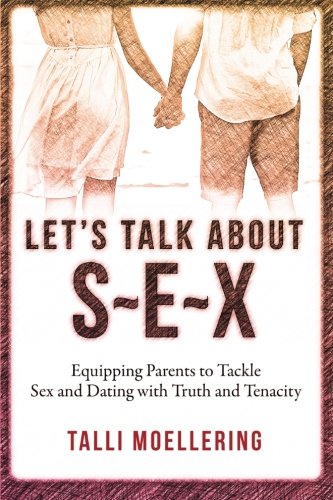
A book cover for Let's Talk About S-E-X: Equipping Parents to Tackle Sex and Dating with Truth and Tenacity; Talli Moellering; Self-Help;